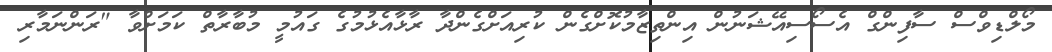
މޯލްޑިވްސް ސާފިންގް އެސޯސިއޭޝަނުން އިންތިޒާމުކޮށްގެން ކުރިއަށްގެންދާ ރާޅާއެޅުމުގެ ގައުމީ މުބާރާތް ކަމަށްވާ "ރަންނަމާރި